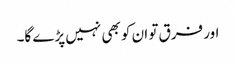
اور فرق تو ان کو بھی نہیں پڑے گا۔